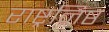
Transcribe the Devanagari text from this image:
राष्ट्रनिष्ठ